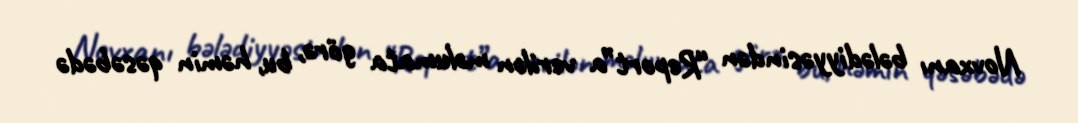
Novxanı bələdiyyəsindən “Report”a verilən məlumata görə, bu, həmin qəsəbədə